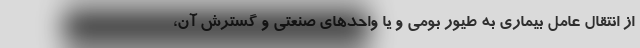
از انتقال عامل بیماری به طیور بومی و یا واحدهای صنعتی و گسترش آن،